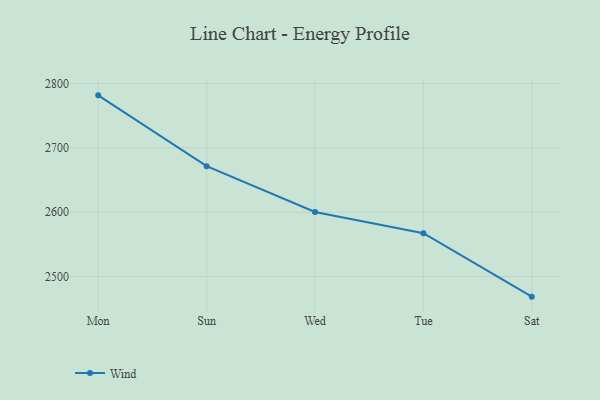
{"axis": {"x": "Day", "y": "Conversion Rate (%)"}, "legend": ["Wind"], "data": [{"x": "Mon", "y": 2781.4, "type": "Wind"}, {"x": "Sun", "y": 2671.4, "type": "Wind"}, {"x": "Wed", "y": 2600.4, "type": "Wind"}, {"x": "Tue", "y": 2567.4, "type": "Wind"}, {"x": "Sat", "y": 2468.9, "type": "Wind"}]}